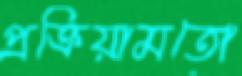
প্রক্রিয়ামতো